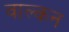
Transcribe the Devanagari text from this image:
वाल्कन